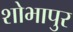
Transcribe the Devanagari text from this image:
शोभापुर